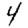
Digit: 4